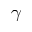
\gamma